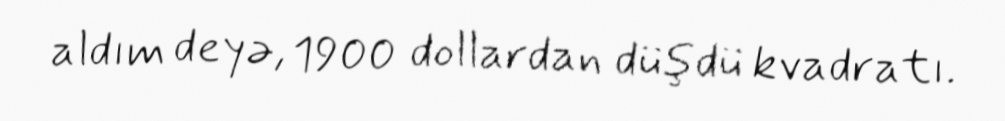
aldım deyə, 1900 dollardan düşdü kvadratı.